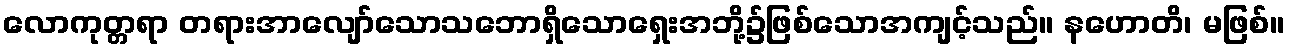
လောကုတ္တရာ တရားအာလျော်သောသဘောရှိသောရှေးအဘို့၌ဖြစ်သောအကျင့်သည်။ နဟောတိ၊ မဖြစ်။